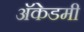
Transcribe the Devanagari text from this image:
अॅकेडमी